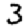
Digit: 3